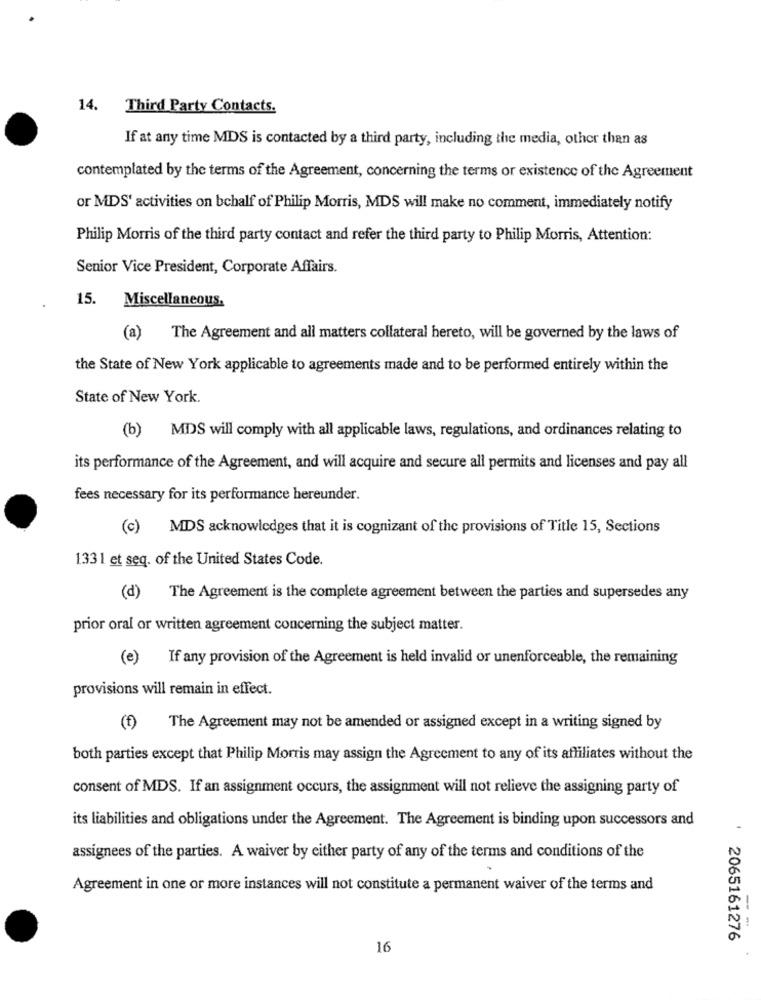
14. Third Party Contacts.
If at any time MDS is contacted by a third party, including the media, other than as
contemplated by the terms of the Agreement, concerning the terms or existence of the Agreement
or MDS' activities on bchalf of Philip Morris, MDS will make no comment, immediately notify
Philip Morris of the third party contact and refer the third party to Philip Morris, Attention:
Senior Vice President, Corporate Affairs.
15.
Miscellaneous.
(a)
The Agreement and all matters collateral hereto, will be governed by the laws of
the State of New York applicable to agreements made and to be performed entirely within the
State of New York.
(b)
MDS will comply with all applicable laws, regulations, and ordinances relating to
its performance of the Agreement, and will acquire and secure all permits and licenses and pay all
fees necessary for its performance hereunder.
(c) MDS acknowledges that it is cognizant of the provisions of Title 15, Sections
133 1 et seq. of the United States Code.
(d) The Agreement is the complete agreement between the parties and supersedes any
prior oral or written agreement concerning the subject matter.
(e) If any provision of the Agreement is held invalid or unenforceable, the remaining
provisions will remain in effect.
(f) The Agreement may not be amended or assigned except in a writing signed by
both parties except that Philip Morris may assign the Agreement to any of its affiliates without the
consent of MDS. If an assignment occurs, the assignment will not relieve the assigning party of
its liabilities and obligations under the Agreement. The Agreement is binding upon successors and
assignees of the parties. A waiver by either party of any of the terms and conditions of the
Agreement in one or more instances will not constitute a permanent waiver of the terms and
- -
2065161276
16